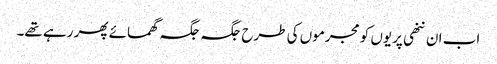
اب ان ننھی پریوں کو مجرموں کی طرح جگہ جگہ گھمائے پھر رہے تھے۔